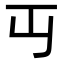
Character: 𬺶